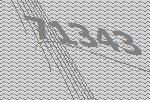
71343